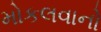
મોકલવાનો